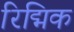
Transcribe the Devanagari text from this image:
रिद्मिक